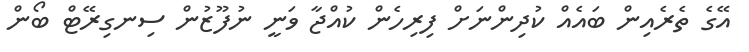
އޭގެ ތެރެއިން ބައެއް ކުދިންނަށް ފިރިހެން ކުއްޖާ ވަނީ ނުފޫޒުން ސިނގިރޭޓް ބޯން